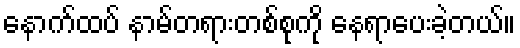
နောက်ထပ် နာမ်တရားတစ်စုကို နေရာပေးခဲ့တယ်။